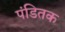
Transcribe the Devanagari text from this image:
पंडितक